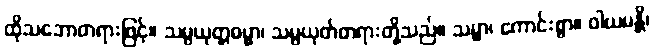
ထိုသဘောတရားဖြင့်။ သမ္ပယုတ္တဓမ္မာ၊ သမ္ပယုတ်တရားတို့သည်။ သမ္မာ၊ ကောင်းစွာ။ ဝါယမန္တိ၊